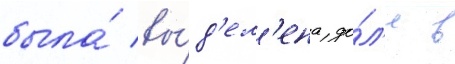
была́ вы́д'ел'ена до́л'я в